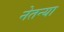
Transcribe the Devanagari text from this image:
नेतन्या